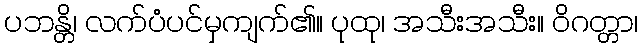
ပဘန္တိ၊ လက်ပံပင်မှကျက်၏။ ပုထု၊ အသီးအသီး။ ဝိဂတ္တာ၊